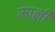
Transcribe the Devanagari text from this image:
म्पनी